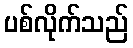
ပစ်လိုက်သည်